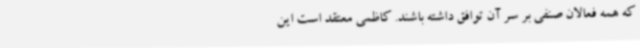
که همه فعالان صنفی بر سر آن توافق داشته باشند. کاظمی معتقد است این